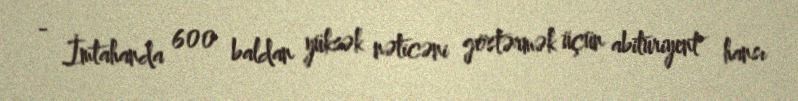
- İmtahanda 600 baldan yüksək nəticəni göstərmək üçün abituriyent hansı